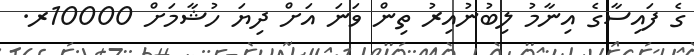
ގެ ފައިސާގެ އިނާމު ލިބުނުއިރު ތިން ވަނަ އަށް ދިޔަ ހުޝާމަށް 10000ރ.